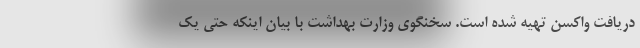
دریافت واکسن تهیه شده است. سخنگوی وزارت بهداشت با بیان اینکه حتی یک